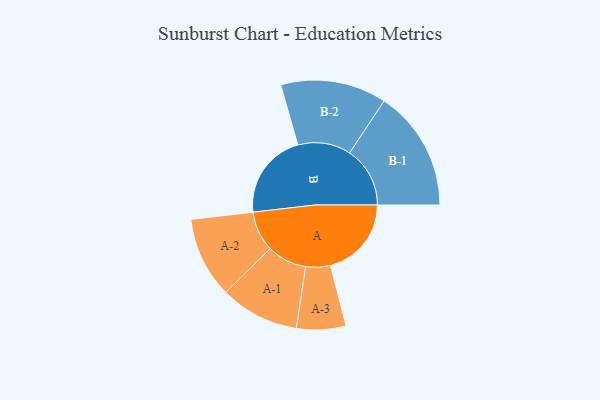
{"axis": {"x": "Segment", "y": "Value"}, "legend": ["", "A", "B"], "data": [{"x": "A", "y": 371, "type": ""}, {"x": "B", "y": 396, "type": ""}, {"x": "A-1", "y": 182, "type": "A"}, {"x": "A-2", "y": 185, "type": "A"}, {"x": "A-3", "y": 113, "type": "A"}, {"x": "B-1", "y": 277, "type": "B"}, {"x": "B-2", "y": 243, "type": "B"}]}